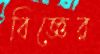
বিজ্ঞের